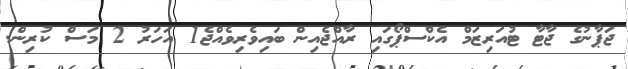
ޖަޕާނުގެ ޖާޓާ ޓުއަރިޒަމް އެކްސްޕޯގައި ރާއްޖެއިން ބައިވެރިވެއްޖެ1 އަހަރު 2 މަސް ކުރިން.